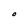
Character: O